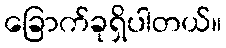
ခြောက်ခုရှိပါတယ်။